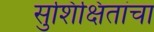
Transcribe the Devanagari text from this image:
सुशिक्षितांचा